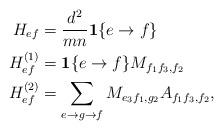
LaTeX: \begin{align*}H_{ef}&=\frac{d^2}{mn}\mathbf{1} \{ e\to f\} \\H_{ef}^{(1)}&=\mathbf{1} \{ e\to f\}M_{f_1f_3,f_2} \\H^{(2)}_{ef}&=\sum_{e\to g\to f} M_{e_3f_1,g_2}A_{f_1f_3,f_2},\end{align*}